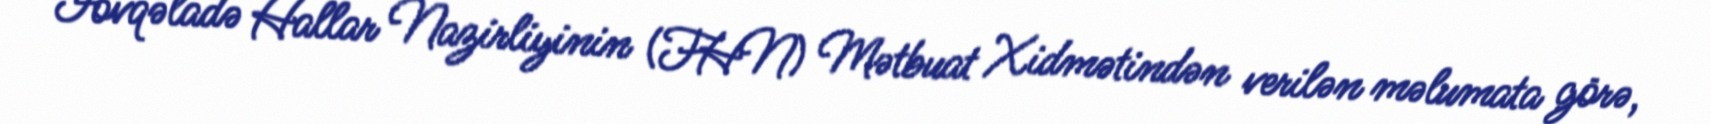
Fövqəladə Hallar Nazirliyinin (FHN) Mətbuat Xidmətindən verilən məlumata görə,